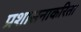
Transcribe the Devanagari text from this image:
प्रशासनाकरिता